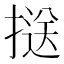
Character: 𢱤